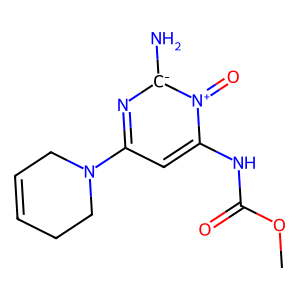
SMILES: COC(=O)Nc1cc(N2CC=CCC2)n[c-](N)[n+]1=O
Inhibits HIV replication: No